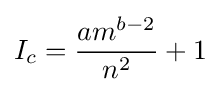
I_{c}={\frac {am^{b-2}}{n^{2}}}+1